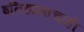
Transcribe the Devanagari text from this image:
इतिहासाचाही